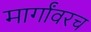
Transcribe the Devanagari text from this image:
मार्गांवरच